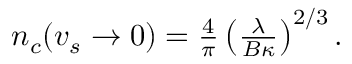
\begin{array} { r } { n _ { c } ( v _ { s } \to 0 ) = \frac { 4 } { \pi } \left( \frac { \lambda } { B \kappa } \right) ^ { 2 / 3 } . } \end{array}